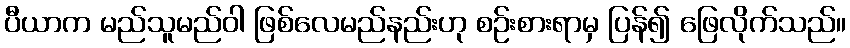
ပီယာက မည်သူမည်ဝါ ဖြစ်လေမည်နည်းဟု စဉ်းစားရာမှ ပြန်၍ ဖြေလိုက်သည်။